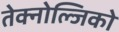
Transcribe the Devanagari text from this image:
तेक्नोल्जिको